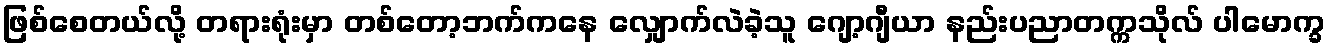
ဖြစ်စေတယ်လို့ တရားရုံးမှာ တစ်တော့ဘက်ကနေ လျှောက်လဲခဲ့သူ ဂျော့ဂျီယာ နည်းပညာတက္ကသိုလ် ပါမောက္ခ